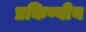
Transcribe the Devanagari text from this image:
प्रकिण्वीय